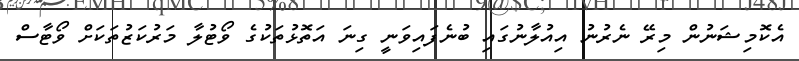
އެކޮމިޝަނުން މިރޭ ނެރުނު އިއުލާނުގައި ބުނެފައިވަނީ ގިނަ އަތޮޅުތަކުގެ ވޯޓުލާ މަރުކަޒުތަކަށް ވޯޓާސް